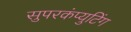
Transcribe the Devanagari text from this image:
सुपरकंप्युटिंग